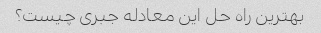
بهترین راه حل این معادله جبری چیست؟